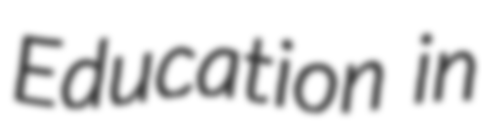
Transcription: Education in